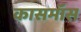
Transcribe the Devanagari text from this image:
कासमॉस